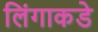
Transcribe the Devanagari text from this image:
लिंगाकडे